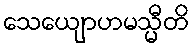
သေယျောဟမသ္မီတိ